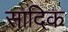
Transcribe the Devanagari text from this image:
सादिक